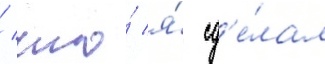
/ что́ я́ сд'е́лал